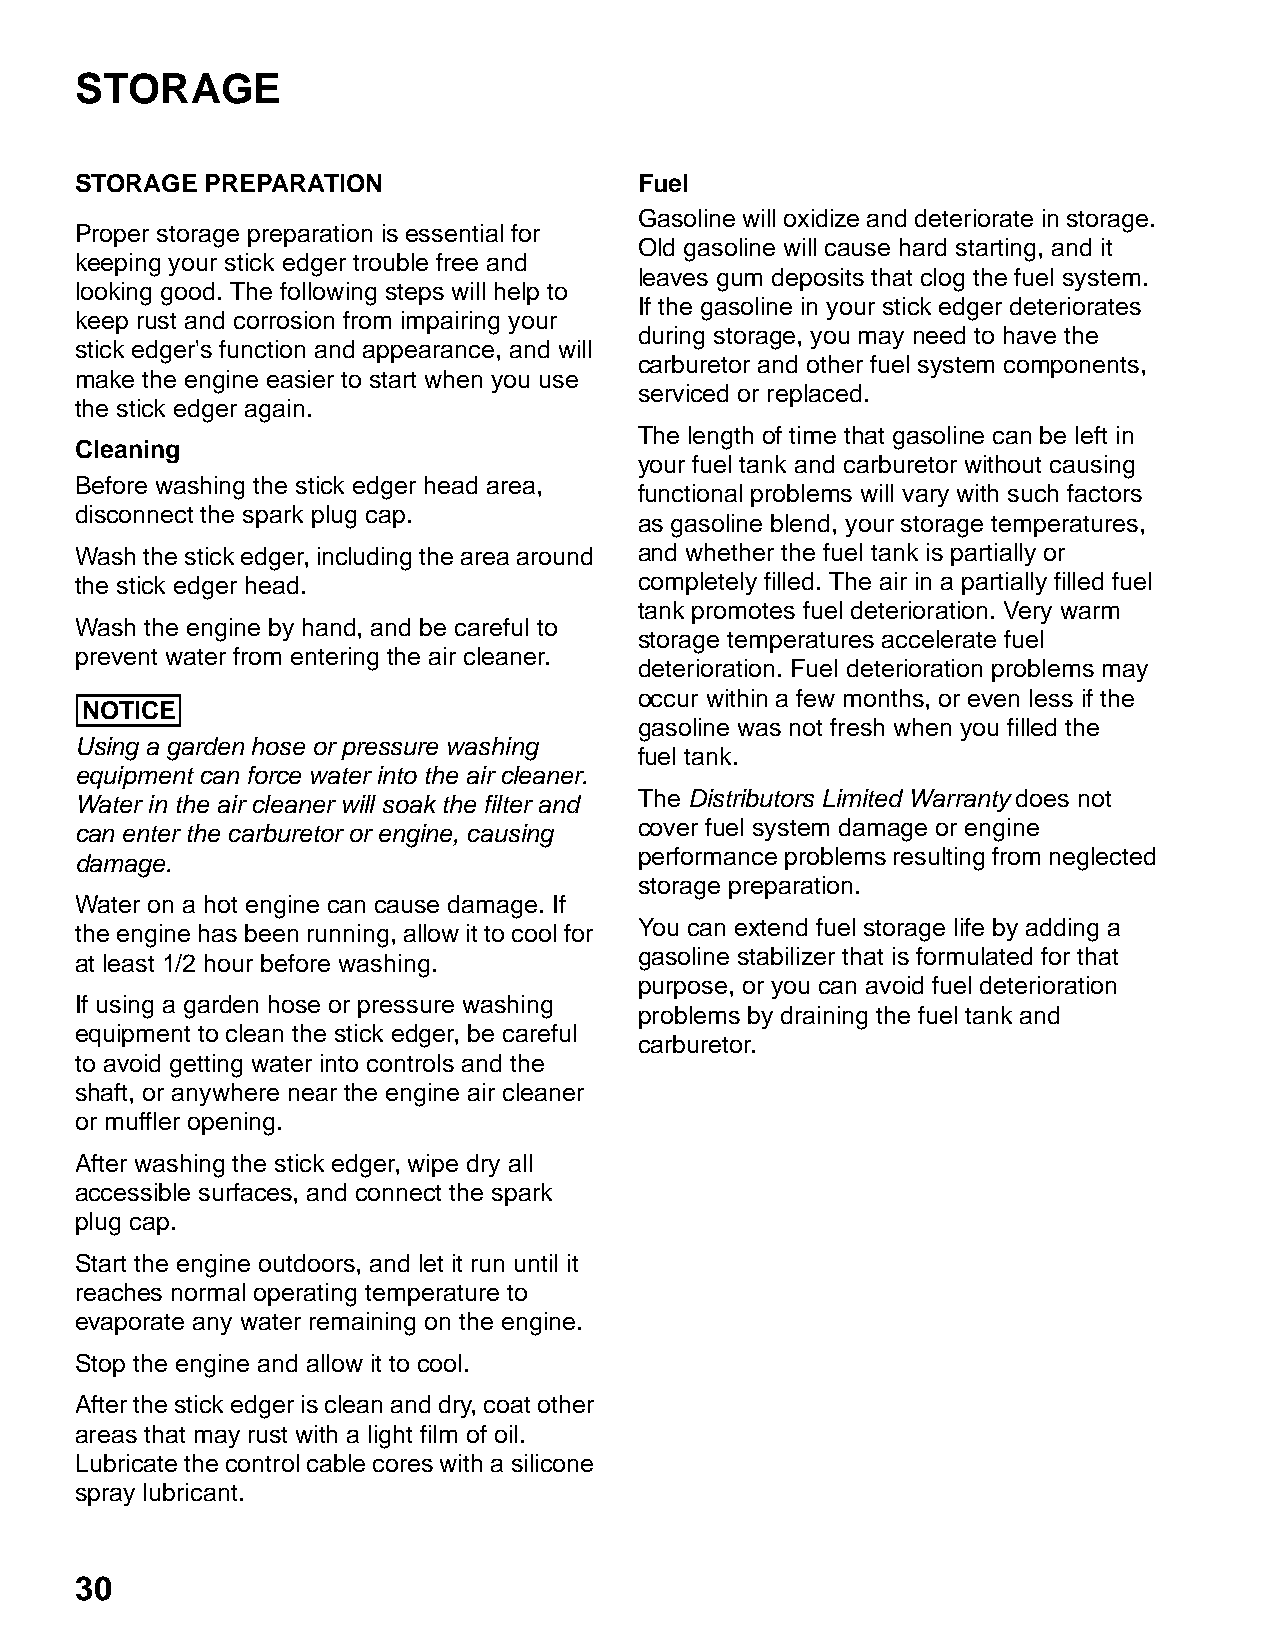
STORAGE
 STORAGE  PREPARATION                 Fuel
 Gasoline will oxidize and deteriorate in storage.
 Proper storage preparation is essential for
 Old gasoline will cause hard starting, and it
 keeping your stick edger trouble free and
 leaves gum deposits that clog the fuel system.
 looking good. The following steps will help to
 If the gasoline in your stick edger deteriorates
 keep rust and corrosion from impairing your
 during storage, you may need to have the
 stick edger's function and appearance, and will
 carburetor and other fuel system components,
 make the engine easier to start when you use
 serviced or replaced.
 the stick edger again.
 The length of time that gasoline can be left in
 Cleaning
 your fuel tank and carburetor without causing
 Before washing the stick edger head area,
 functional problems will vary with such factors
 disconnect the spark plug cap.
 as gasoline blend, your storage temperatures,
 Wash the stick edger, including the area around and whether the fuel tank is partially or
 the stick edger head.                completely filled. The air in a partially filled fuel
 tank promotes fuel deterioration. Very warm
 Wash the engine by hand, and be careful to
 storage temperatures accelerate fuel
 prevent water from entering the air cleaner.
 deterioration. Fuel deterioration problems may
 occur within a few months, or even less if the
 NOTICE
 gasoline was not fresh when you filled the
 Using a garden hose or pressure washing
 fuel tank.
 equipment can force water into the air cleaner.
 Water in the air cleaner will soak the filter and The Distributors Limited Warranty does not
 can enter the carburetor or engine, causing cover fuel system damage or engine
 performance problems resulting from neglected
 damage.
 storage preparation.
 Water on a hot engine can cause damage. If
 the engine has been running, allow it to cool for You can extend fuel storage life by adding a
 gasoline stabilizer that is formulated for that
 at least 1/2 hour before washing.
 purpose, or you can avoid fuel deterioration
 If using a garden hose or pressure washing
 problems by draining the fuel tank and
 equipment to clean the stick edger, be careful
 carburetor.
 to avoid getting water into controls and the
 shaft, or anywhere near the engine air cleaner
 or muffler opening.
 After washing the stick edger, wipe dry all
 accessible surfaces, and connect the spark
 plug cap.
 Start the engine outdoors, and let it run until it
 reaches normal operating temperature to
 evaporate any water remaining on the engine.
 Stop the engine and allow it to cool.
 After the stick edger is clean and dry, coat other
 areas that may rust with a light film of oil.
 Lubricate the control cable cores with a silicone
 spray lubricant.
 30